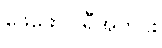
ဖေဖော်ဝါရီအတွင်း